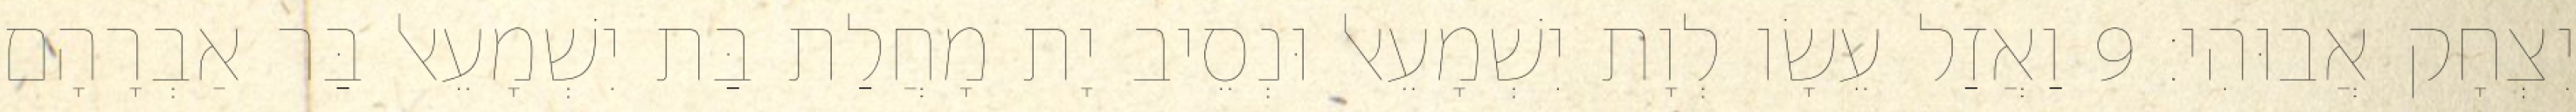
יִצְחָק אֲבוּהִי׃ 9 וַאֲזַל עֵשָׂו לְוָת יִשְׁמָעֵאל וּנְסֵיב יָת מָחֲלַת בַּת יִשְׁמָעֵאל בַּר אַבְרָהָם